Civil Veterinary Dept. North-West Frontier Province 1901-22 - 1901-1922
Year: 1901
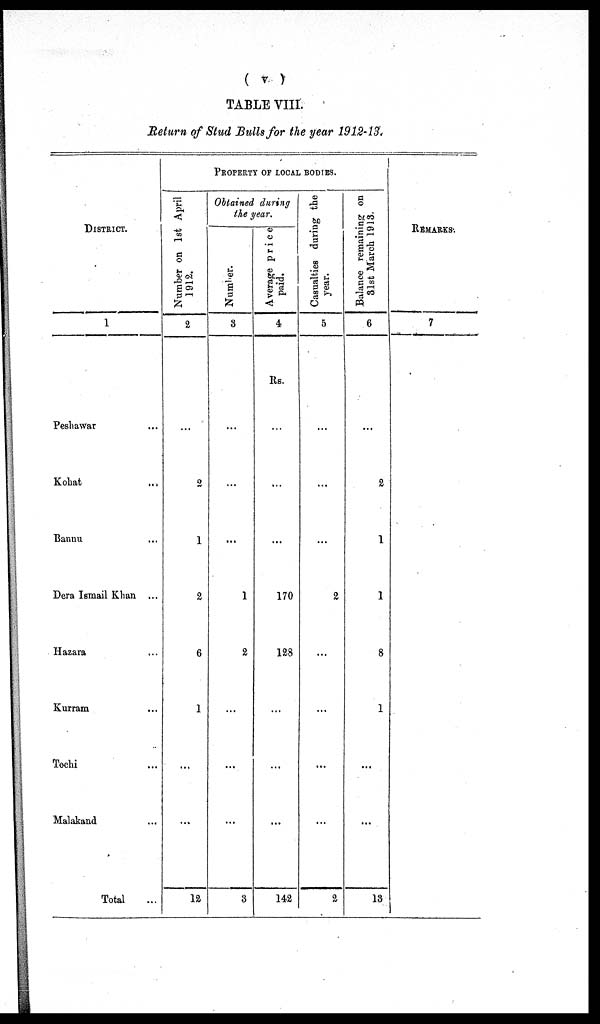
( v )
TABLE VIII.
Return of Stud Bulls for the year 1912-13.
DISTRICT.
1
Peshawar
Kohat ...
Bannu ...
Dera Ismail Khan ...
Hazara ...
Kurram ...
Tochi ...
Malakand ...
Total ...
PROPERTY OF LOCAL BODIES.
Number on 1st April
1912.
2
...
2
1
2
6
1
...
...
12
Obtained during
the year.
Number.
3
...
...
...
1
2
...
...
...
3
Average price
paid.
4
Rs.
...
...
...
170
128
...
...
...
142
Casualties during the
year.
5
...
...
...
2
...
...
...
...
2
Balance remaining on
31st March 1913.
6
...
2
1
1
8
1
...
...
13
REMARKS.
7